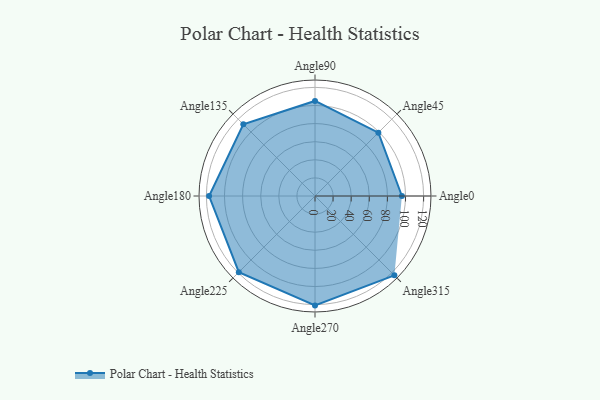
{"axis": {"x": "Angle", "y": "Radius"}, "legend": [""], "data": [{"x": "Angle0", "y": 96.0, "type": ""}, {"x": "Angle45", "y": 99.0, "type": ""}, {"x": "Angle90", "y": 105.0, "type": ""}, {"x": "Angle135", "y": 112.0, "type": ""}, {"x": "Angle180", "y": 117.0, "type": ""}, {"x": "Angle225", "y": 119.0, "type": ""}, {"x": "Angle270", "y": 121.0, "type": ""}, {"x": "Angle315", "y": 124.0, "type": ""}]}